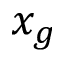
x _ { g }